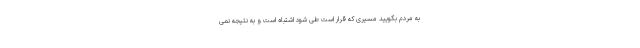
به مردم بگویید مسیری که قرار است طی شود اشتباه است و به نتیجه نمی